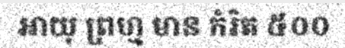
អាយុ ព្រហ្ម មាន កំរិត ៥០០